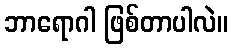
ဘာရောဂါ ဖြစ်တာပါလဲ။